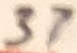
Text: 37